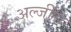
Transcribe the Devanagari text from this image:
अल्जीरा